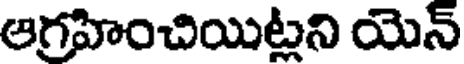
ఆగ్రహించియిట్లని యెన్